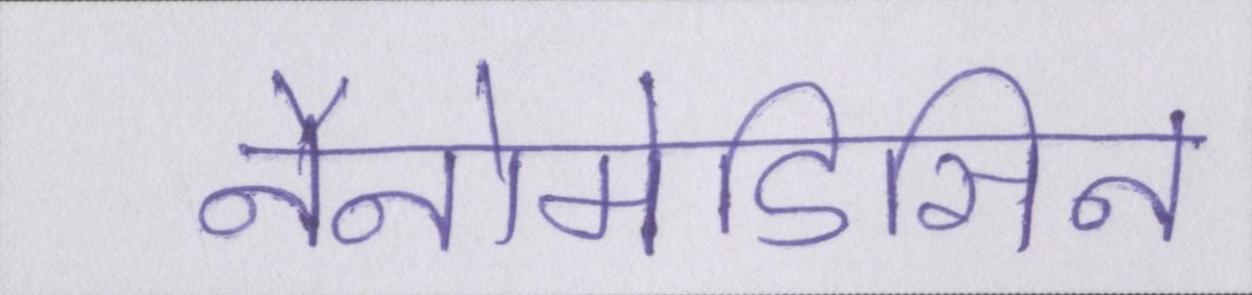
नैनोमेडिसिन